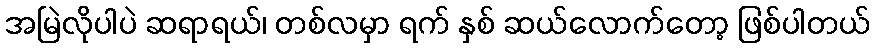
အမြဲလိုပါပဲ ဆရာရယ်၊ တစ်လမှာ ရက် နှစ် ဆယ်လောက်တော့ ဖြစ်ပါတယ်